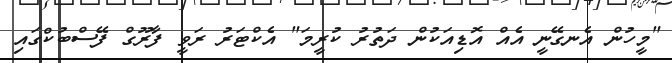
"މީހުން އެނގޭނީ އެއް އޮޑިއަކުން ދަތުރު ކުރީމަ" އެކްޓަރު ރަވީ ފާރޫގް ފޭސްބުކްގައި